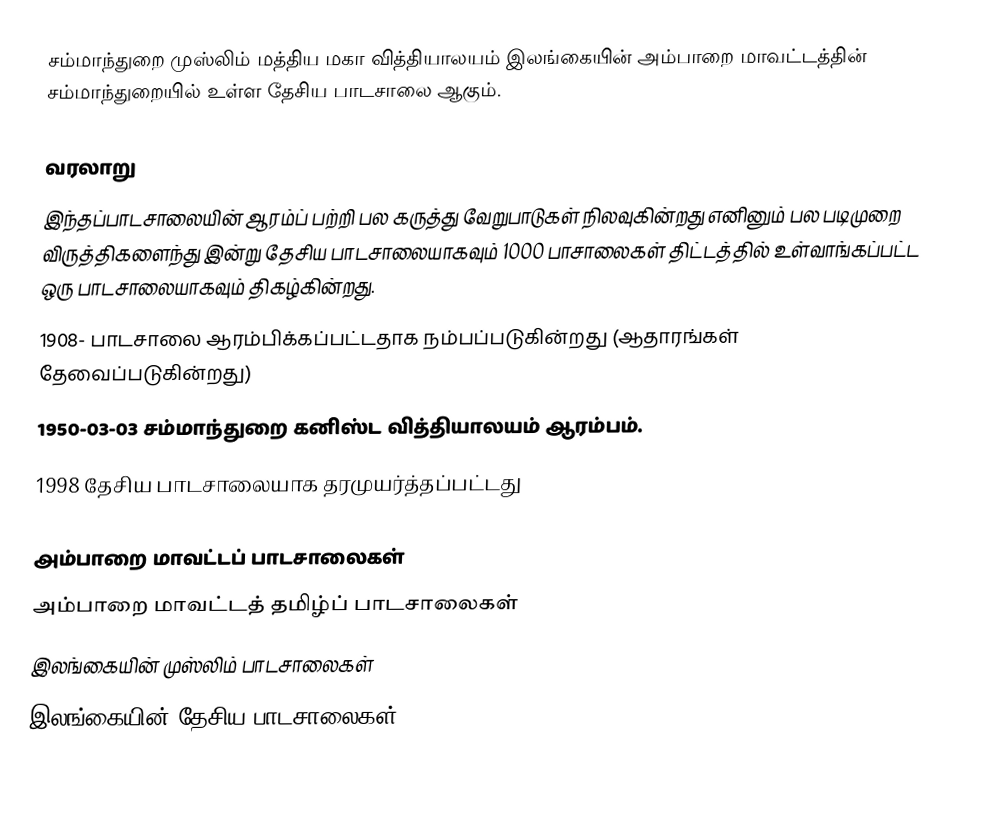
சம்மாந்துறை முஸ்லிம் மத்திய மகா வித்தியாலயம் இலங்கையின் அம்பாறை மாவட்டத்தின் சம்மாந்துறையில் உள்ள தேசிய பாடசாலை ஆகும்.

வரலாறு
இந்தப்பாடசாலையின் ஆரம்ப் பற்றி பல கருத்து வேறுபாடுகள் நிலவுகின்றது எனினும் பல படிமுறை விருத்திகளைந்து இன்று தேசிய பாடசாலையாகவும் 1000 பாசாலைகள் திட்டத்தில் உள்வாங்கப்பட்ட ஒரு பாடசாலையாகவும் திகழ்கின்றது.
1908- பாடசாலை ஆரம்பிக்கப்பட்டதாக நம்பப்படுகின்றது (ஆதாரங்கள் தேவைப்படுகின்றது)
1950-03-03 சம்மாந்துறை கனிஸ்ட வித்தியாலயம் ஆரம்பம்.
1998 தேசிய பாடசாலையாக தரமுயர்த்தப்பட்டது

அம்பாறை மாவட்டப் பாடசாலைகள்
அம்பாறை மாவட்டத் தமிழ்ப் பாடசாலைகள்
இலங்கையின் முஸ்லிம் பாடசாலைகள்
இலங்கையின் தேசிய பாடசாலைகள்